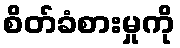
စိတ်ခံစားမှုကို